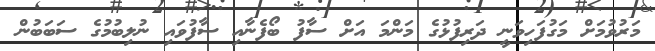
މަރުވުމަށް މަގުފަހިވަނީ ދަރިފުޅުގެ މަންމަ އަށް ސާފު ބޯފެނާއި ސާފުވައި ނުލިބުމުގެ ސަބަބުން